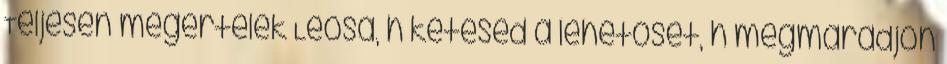
Teljesen megertelek Leosa, h ketesed a lehetoset, h megmaradjon